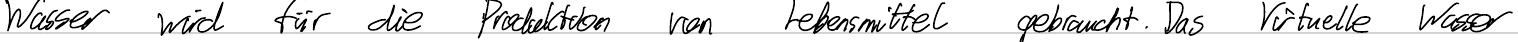
Wasser wird für die Produktion von Lebensmittel gebraucht. Das Virtuelle Wasser